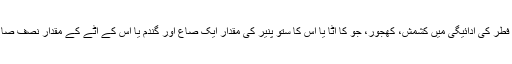
صدقہ فطر کی ادائیگی میں کشمش، کھجور، جو کا آٹا یا اس کا ستو پنیر کی مقدار ایک صاع اور گندم یا اس کے آٹے کے مقدار نصف صاع ہے۔